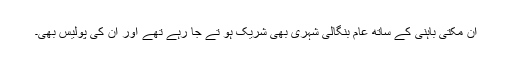
ان مکتی باہنی کے ساتھ عام بنگالی شہری بھی شریک ہو تے جا رہے تھے اور ان کی پولیس بھی۔